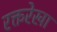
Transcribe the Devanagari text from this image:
रक्तरेखा